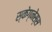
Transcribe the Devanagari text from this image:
स्केग्नेस्स